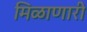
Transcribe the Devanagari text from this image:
मिळाणारी